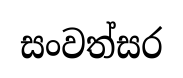
සංවත්සර